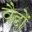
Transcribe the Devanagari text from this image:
वैद्दों